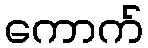
ကောက်